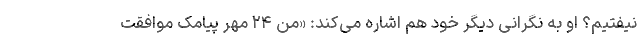
نیفتیم؟ او به نگرانی دیگر خود هم اشاره می‌کند: «من ۲۴ مهر پیامک موافقت